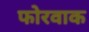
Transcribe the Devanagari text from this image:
फोरवाक